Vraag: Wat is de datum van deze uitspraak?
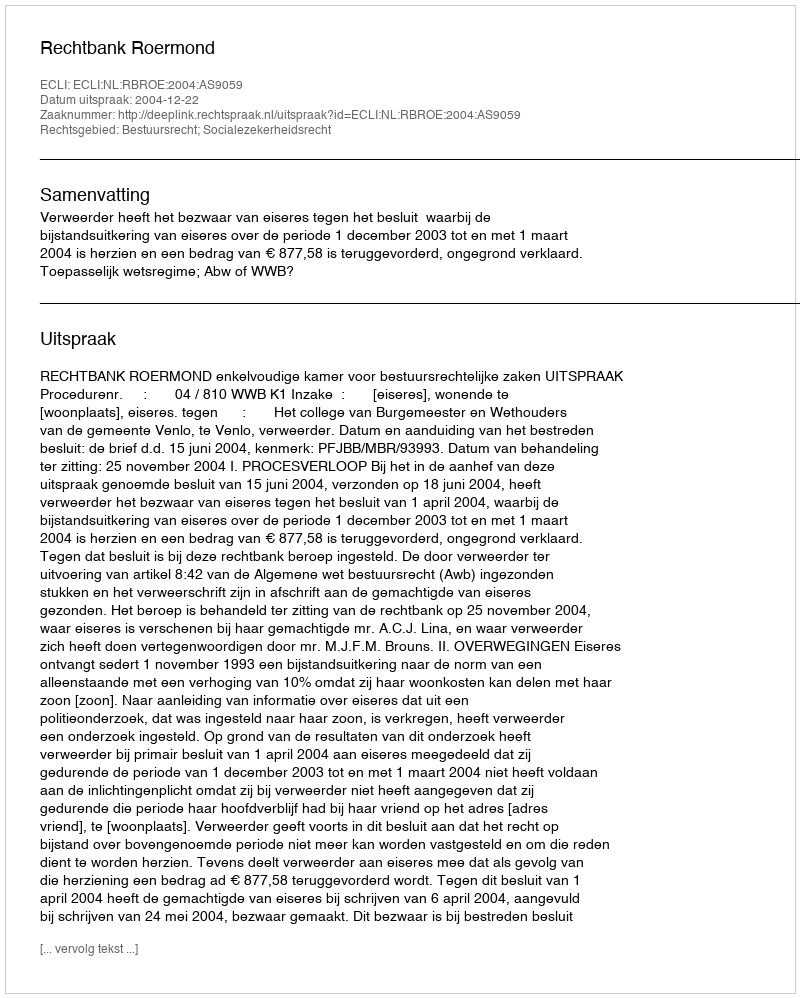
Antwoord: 2004-12-22